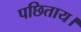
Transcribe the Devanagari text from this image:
पछिताय।